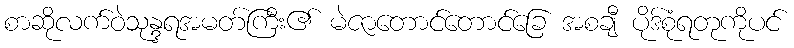
စာဆိုလက်ဝဲသုန္ဒရအမတ်ကြီး၏ မဲဇာတောင်တောင်ခြေ အစချီ ပိုဒ်စုံရတုကိုပင်